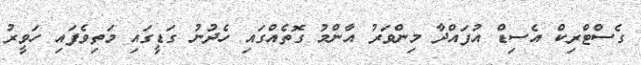
ގެސްޓްރިކް އެސިޑް އުފައްދާ މިންވަރު އާންމު ގޮތެއްގައި ހެދުނު ގަޑީގައި މަތިވެފައި ހަވީރު